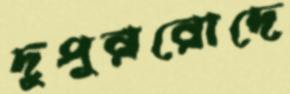
দুপুররোদে